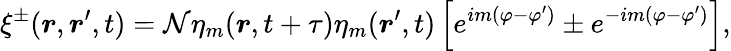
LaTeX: \xi^{\pm}(\boldsymbol{r},\boldsymbol{r}^{\prime},t)=\mathcal{N}\eta_{m}(\boldsymbol{r},t+\tau)\eta_{m}(\boldsymbol{r}^{\prime},t)\left[e^{im(\varphi-\varphi^{\prime})}\pm e^{-im(\varphi-\varphi^{\prime})}\right],